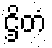
ဌိတံ